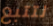
نتتبع